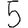
Digit: 5